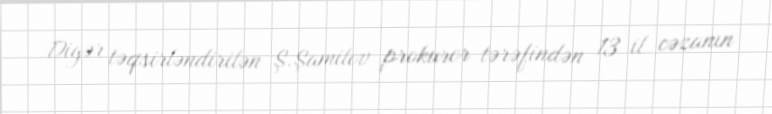
Digər təqsirləndirilən Ş.Şamilov prokuror tərəfindən 13 il cəzanın